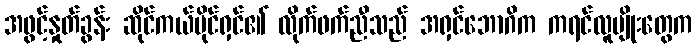
အဖွင့်နှုတ်ခွန်း ဆိုင်ကယ်ပိုင်ရှင်၏ လိုက်ဖက်ညီသည် အရှင်ဘောဂိက ကရင်လူမျိုးတွေက